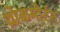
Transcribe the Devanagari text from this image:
थ्रोकमोर्टन